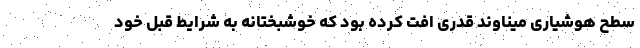
سطح هوشیاری میناوند قدری افت کرده بود که خوشبختانه به شرایط قبل خود